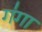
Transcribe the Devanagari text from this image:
ग॑गा